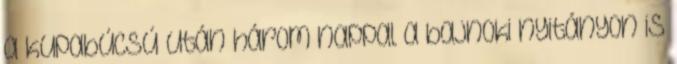
a kupabúcsú után három nappal a bajnoki nyitányon is